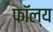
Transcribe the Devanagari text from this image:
फॉल्य